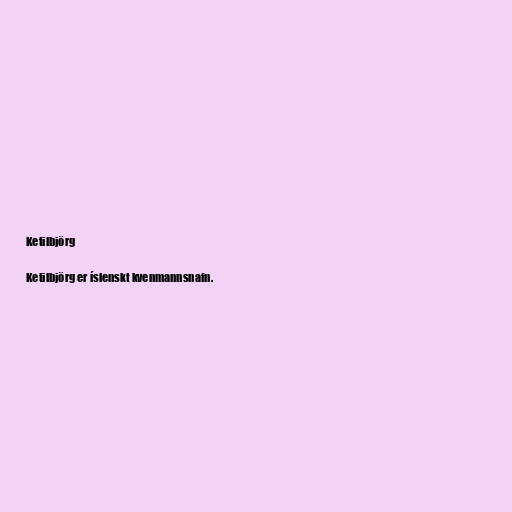
Ketilbjörg

Ketilbjörg er íslenskt kvenmannsnafn.